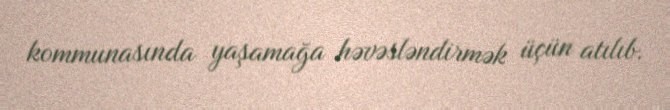
kommunasında yaşamağa həvəsləndirmək üçün atılıb.